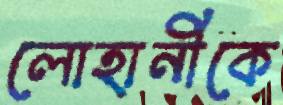
লোহানীকে